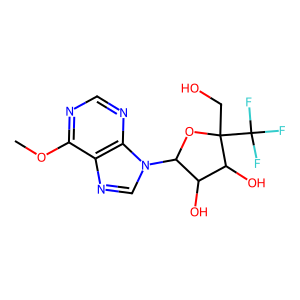
SMILES: COc1ncnc2c1ncn2C1OC(CO)(C(F)(F)F)C(O)C1O
Inhibits HIV replication: No